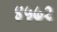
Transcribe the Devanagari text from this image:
४५७२